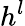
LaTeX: h^{l}